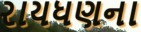
રાયધણના